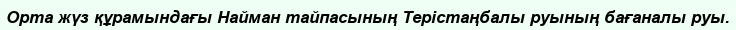
Орта жүз құрамындағы Найман тайпасының Терістаңбалы руының бағаналы руы.